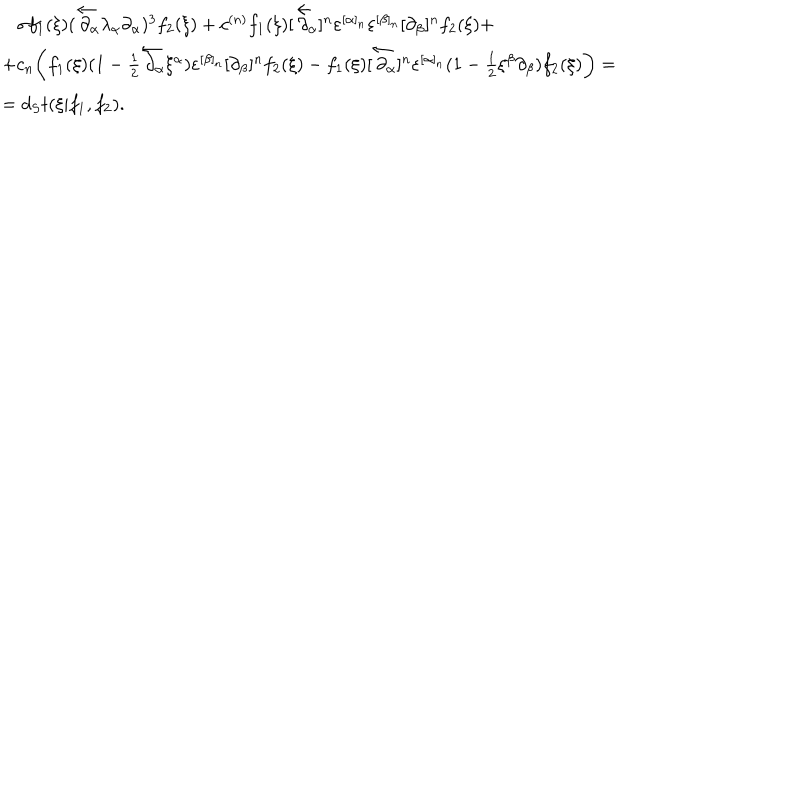
LaTeX: \begin{array} { l } { { \, \, \, \, \, \sigma f _ { 1 } ( \xi ) ( \overleftarrow \partial \! \! _ { \alpha } \lambda _ { \alpha } \partial _ { \alpha } ) ^ { 3 } f _ { 2 } ( \xi ) + c ^ { ( n ) } f _ { 1 } ( \xi ) [ \overleftarrow \partial \! \! _ { \alpha } ] ^ { n } \varepsilon ^ { [ \alpha ] _ { n } } \varepsilon ^ { [ \beta ] _ { n } } [ \partial _ { \beta } ] ^ { n } f _ { 2 } ( \xi ) + } } \\ { { + c _ { n } \biggl ( f _ { 1 } ( \xi ) ( 1 - { \frac { 1 } { 2 } } \overleftarrow \partial \! \! _ { \alpha } \xi ^ { \alpha } ) \varepsilon ^ { [ \beta ] _ { n } } [ \partial _ { \beta } ] ^ { n } f _ { 2 } ( \xi ) - f _ { 1 } ( \xi ) [ \overleftarrow \partial \! \! _ { \alpha } ] ^ { n } \varepsilon ^ { [ \alpha ] _ { n } } ( 1 - { \frac { 1 } { 2 } } \xi ^ { \beta } \partial _ { \beta } ) f _ { 2 } ( \xi ) \biggr ) = } } \\ { { = d _ { S } t ( \xi | f _ { 1 } , f _ { 2 } ) . } } \\ \end{array}